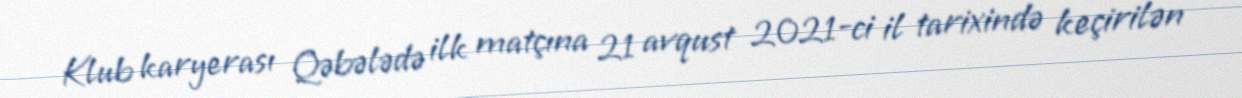
Klub karyerası Qəbələdə ilk matçına 21 avqust 2021-ci il tarixində keçirilən